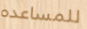
للمساعده